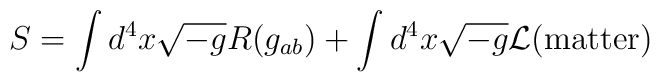
S = \int d^{4}x \sqrt{-g} R(g_{ab}) +\int d^{4}x \sqrt{-g}{\cal L}({\rm matter})